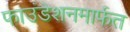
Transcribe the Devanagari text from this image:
फाउंडेशनमार्फत